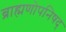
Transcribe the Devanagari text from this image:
ब्राह्मणोपनिषद्